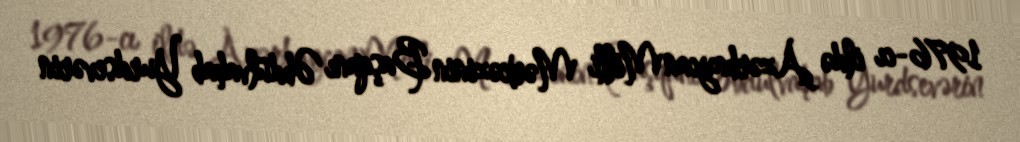
1976-cı ildə Azərbaycan Milli Mərkəzinin Başqanı Əbdülvahab Yurdsevərin